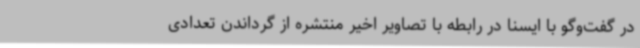
در گفت‌وگو با ایسنا در رابطه با تصاویر اخیر منتشره از گرداندن تعدادی